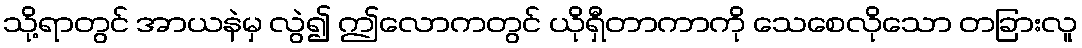
သို့ရာတွင် အာယနဲမှ လွဲ၍ ဤလောကတွင် ယိုရှီတာကာကို သေစေလိုသော တခြားလူ